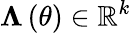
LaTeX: {\mathbf{\Lambda}}\left(\theta\right)\in\mathbb{R}^{k}